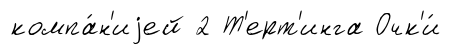
компа́н'иjей 2 Т'ерт'инга Очк'и́